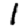
Digit: 1